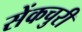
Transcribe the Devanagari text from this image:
सेंकचुरी